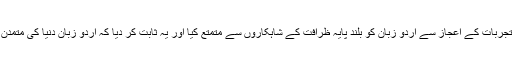
انھوں نے اپنے تخلیقی تجربات کے اعجاز سے اردو زبان کو بلند پایہ ظرافت کے شاہکاروں سے متمتع کیا اور یہ ثابت کر دیا کہ اردو زبان دنیا کی متمدن زبانو ں میں شامل ہے۔